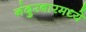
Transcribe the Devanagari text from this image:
नंदुरबारमध्ये